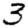
Digit: 3